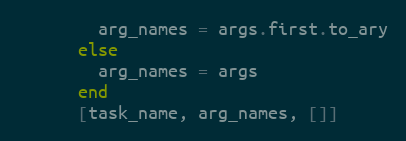
Language: Ruby
        arg_names = args.first.to_ary
      else
        arg_names = args
      end
      [task_name, arg_names, []]